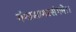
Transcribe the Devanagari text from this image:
गंगासागरसंगमे।।